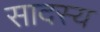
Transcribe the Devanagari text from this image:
सादस्य